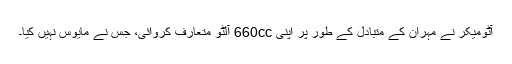
آٹومیکر نے مہران کے متبادل کے طور پر اپنی 660cc آلٹو متعارف کروائی، جس نے مایوس نہیں کیا۔